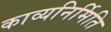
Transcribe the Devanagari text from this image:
काव्यनिर्मिति